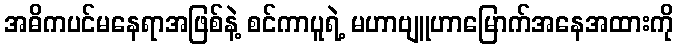
အဓိကပင်မနေရာအဖြစ်နဲ့ စင်ကာပူရဲ့ မဟာဗျူဟာမြောက်အနေအထားကို